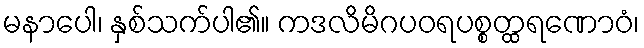
မနာပေါ၊ နှစ်သက်ပါ၏။ ကဒလိမိဂပဝရပစ္စတ္ထရဏောဝံ၊